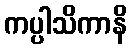
ကပ္ပါသိကာနိ